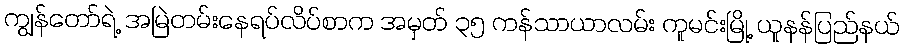
ကျွန်တော်ရဲ့ အမြဲတမ်းနေရပ်လိပ်စာက အမှတ် ၃၅ ကန်သာယာလမ်း ကူမင်းမြို့ ယူနန်ပြည်နယ်